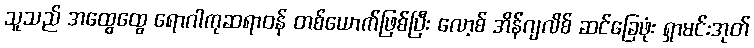
သူသည် အထွေထွေ ရောဂါကုဆရာဝန် တစ်ယောက်ဖြစ်ပြီး လော့စ် အိန်ဂျလိစ် ဆင်ခြေဖုံး ရှာမင်းအုတ်